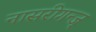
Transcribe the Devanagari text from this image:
नासरीगन्ज्